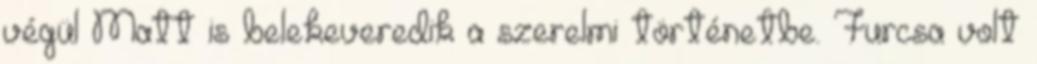
végül Matt is belekeveredik a szerelmi történetbe. Furcsa volt